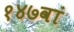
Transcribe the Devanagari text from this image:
१४७वां